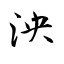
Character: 泱